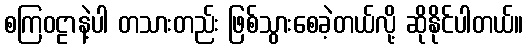
စကြဝဠာနဲ့ပါ တသားတည်း ဖြစ်သွားစေခဲ့တယ်လို့ ဆိုနိုင်ပါတယ်။